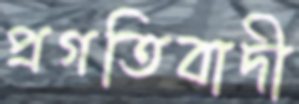
প্রগতিবাদী